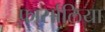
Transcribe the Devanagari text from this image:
फार्सालिया